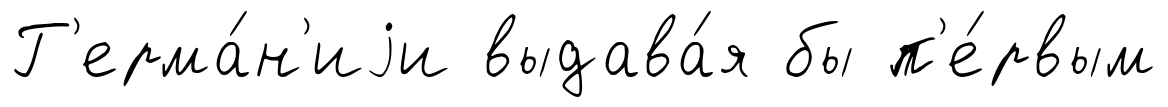
Г'ерма́н'иjи выдава́я бы п'е́рвым